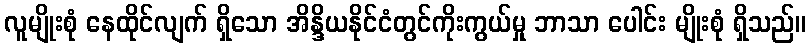
လူမျိုးစုံ နေထိုင်လျက် ရှိသော အိန္ဒိယနိုင်ငံတွင်ကိုးကွယ်မှု ဘာသာ ပေါင်း မျိုးစုံ ရှိသည်။